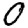
Digit: 0